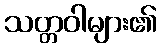
သတ္တဝါများ၏